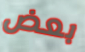
بعض